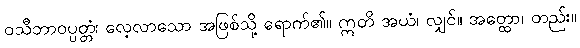
ဝသီဘာဝပ္ပတ္တံ၊ လေ့လာသော အဖြစ်သို့ ရောက်၏။ ဣတိ အယံ၊ လျှင်။ အတ္ထော၊ တည်း။